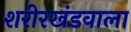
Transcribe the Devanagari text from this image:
शरीरखंडवाला